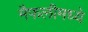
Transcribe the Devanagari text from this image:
मैफलीमध्ये